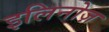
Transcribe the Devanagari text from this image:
इलिनोज़